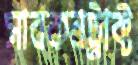
সাবকনট্রাক্ট